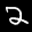
Label: 2